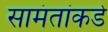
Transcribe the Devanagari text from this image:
सामंतांकडे